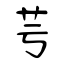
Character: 芌